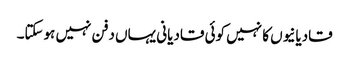
قادیانیوں کا نہیں کوئی قادیانی یہاں دفن نہیں ہوسکتا۔